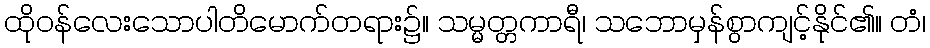
ထိုဝန်လေးသောပါတိမောက်တရား၌။ သမ္မတ္တကာရီ၊ သဘောမှန်စွာကျင့်နိုင်၏။ တံ၊